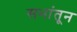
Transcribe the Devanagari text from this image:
सभांतून